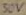
Text: 50V